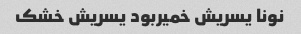
نونا یسریش خمیربود یسریش خشک